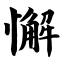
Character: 懈